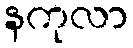
နကုလာ